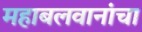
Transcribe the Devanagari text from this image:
महाबलवानांचा